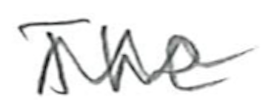
Text: The
Cross-out: zig-zag
Writing tool: pencil